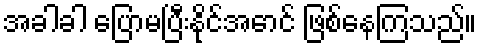
အခါခါ ပြောမပြီးနိုင်အောင် ဖြစ်နေကြသည်။